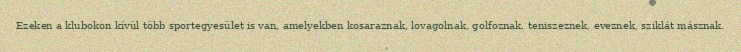
Ezeken a klubokon kívül több sportegyesület is van, amelyekben kosaraznak, lovagolnak, golfoznak, teniszeznek, eveznek, sziklát másznak.